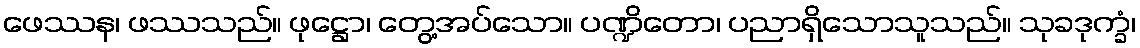
ဖေဿန၊ ဖဿသည်။ ဖုဋ္ဌော၊ တွေ့အပ်သော။ ပဏ္ဍိတော၊ ပညာရှိသောသူသည်။ သုခဒုက္ခံ၊